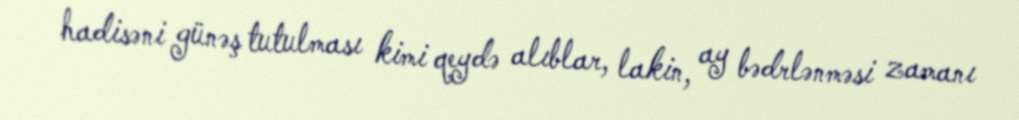
hadisəni günəş tutulması kimi qeydə alıblar, lakin, ay bədrlənməsi zamanı